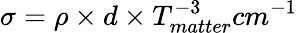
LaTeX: \sigma=\rho\times d\times T_{matter}^{-3}cm^{-1}